342_HS1-416511228_319.1 Flying Discs 1949
Agency: Department of War
Incident date: 1/9/50
Page 16
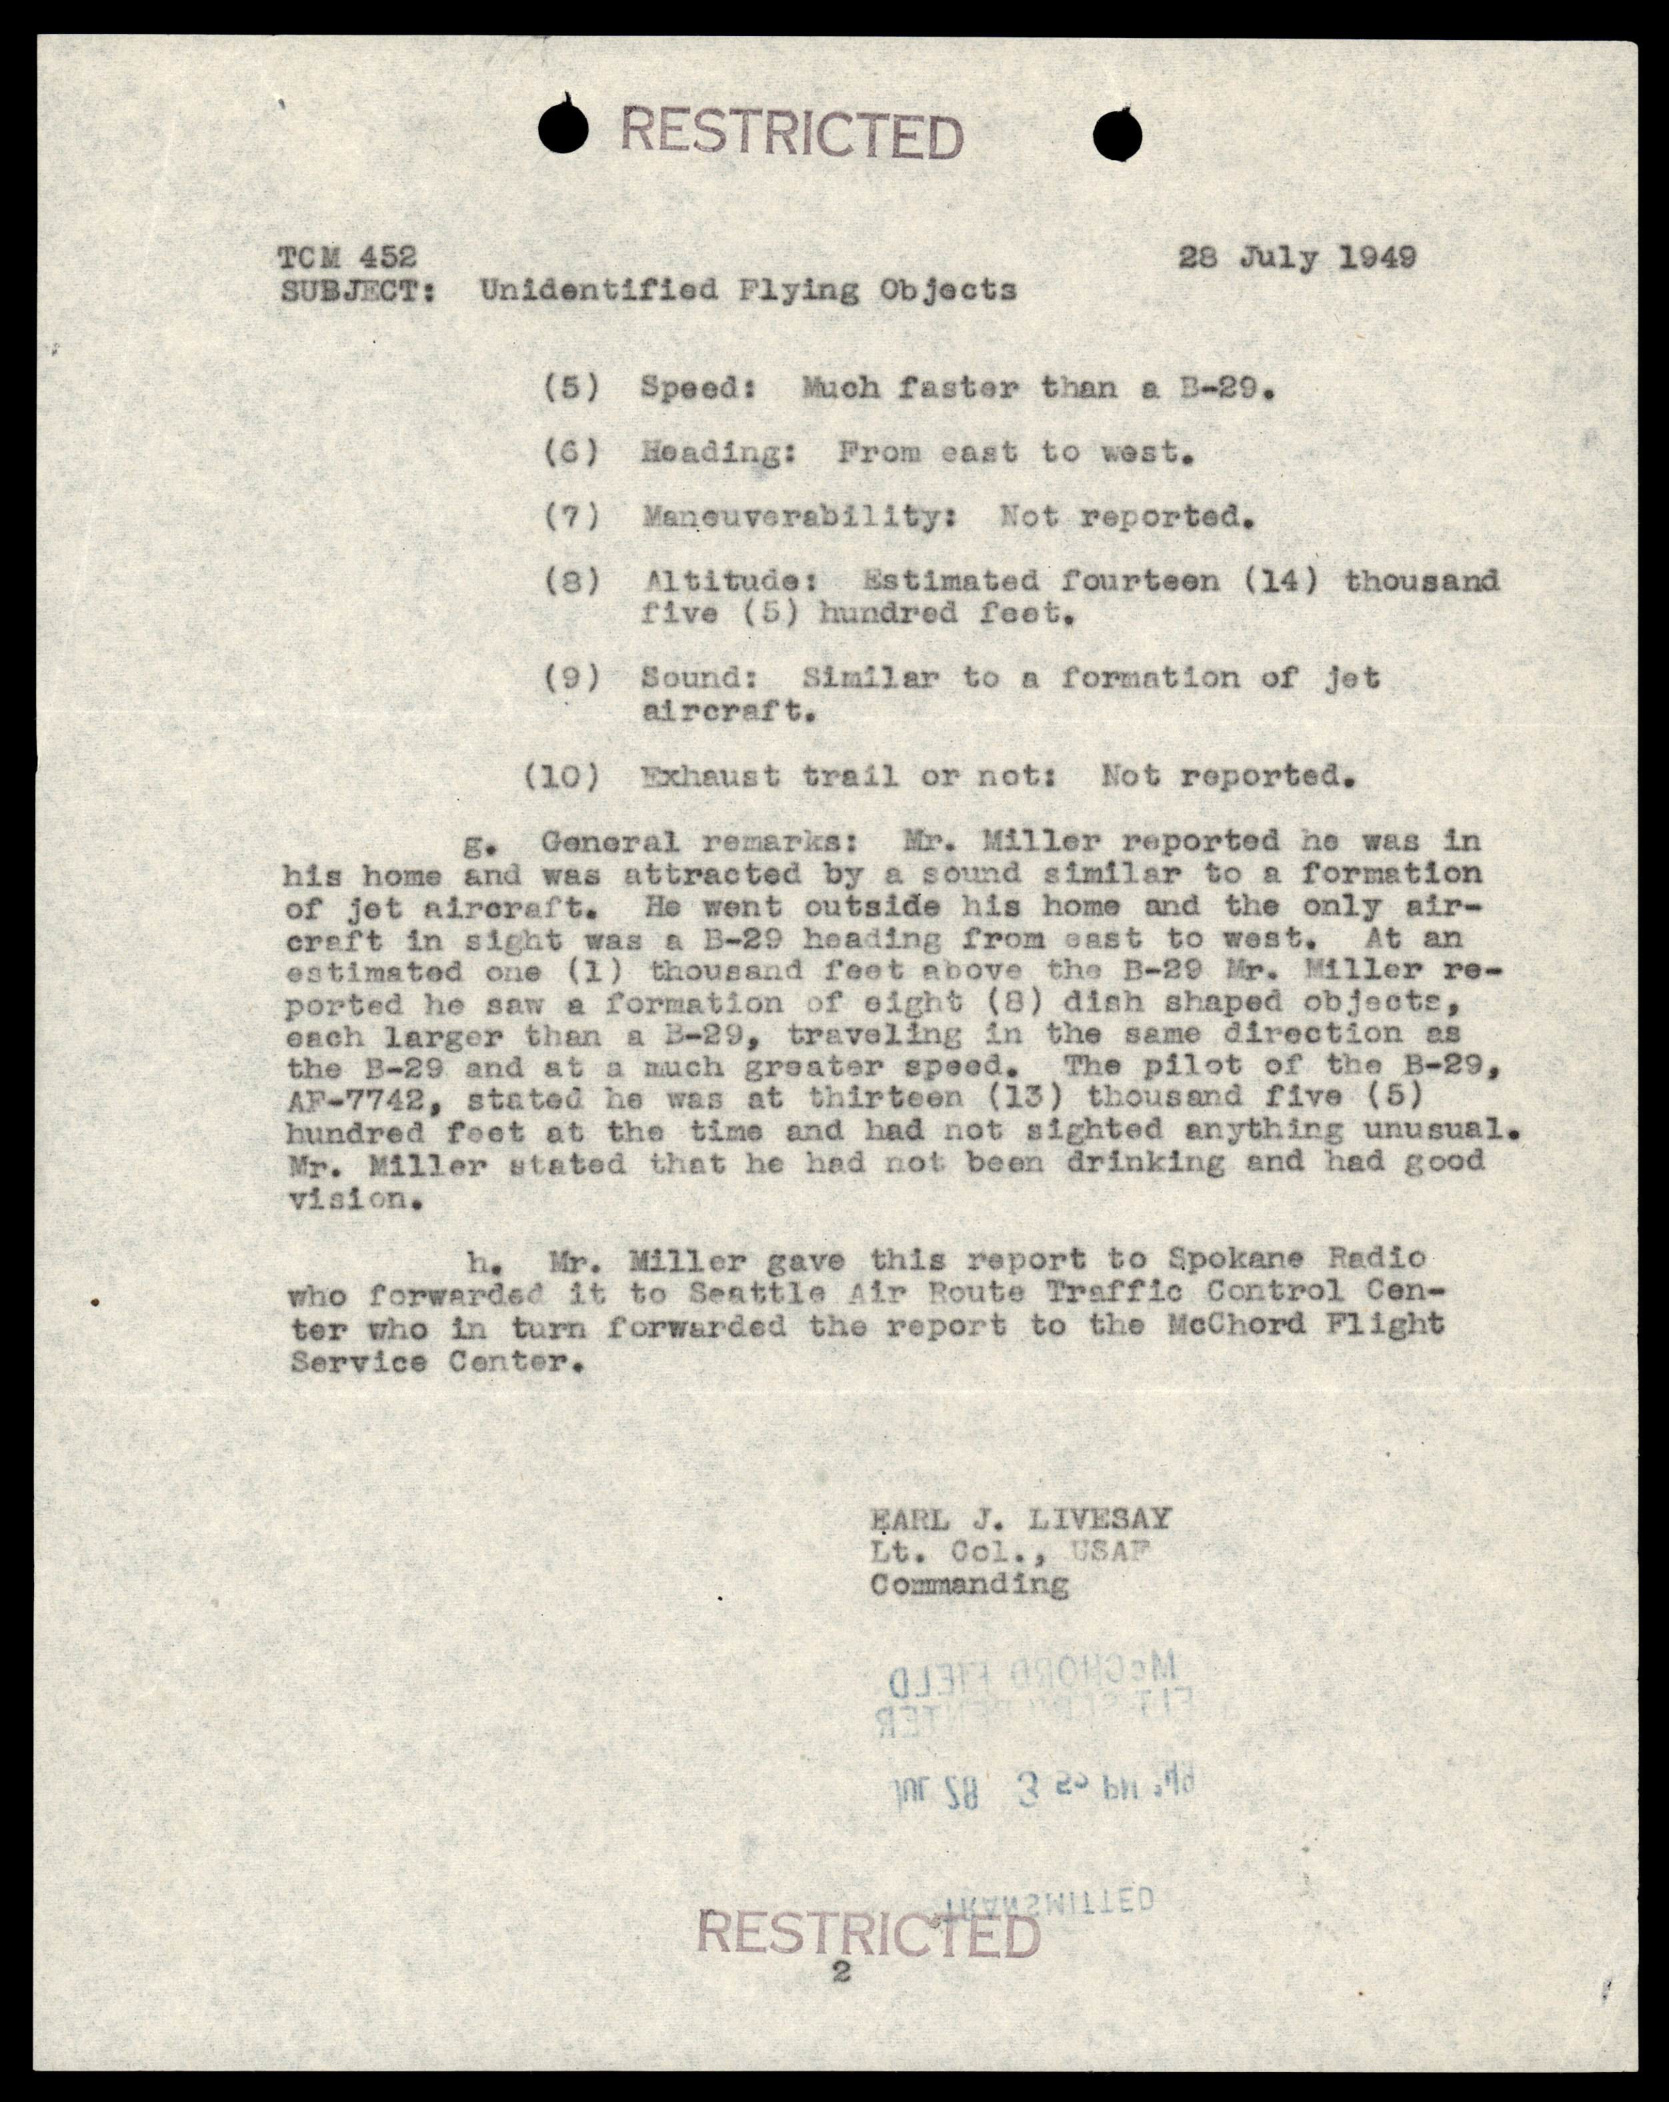